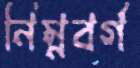
নিম্নবর্গ